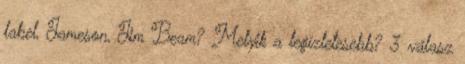
label, Jameson, Jim Beam? Melyik a legízletesebb? 3 válasz